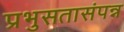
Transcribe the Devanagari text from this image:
प्रभुसतासंपन्न